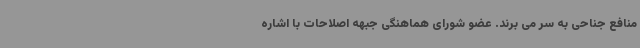
منافع جناحی به سر می برند. عضو شورای هماهنگی جبهه اصلاحات با اشاره